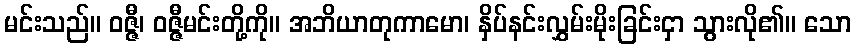
မင်းသည်။ ဝဇ္ဇီ၊ ဝဇ္ဇီမင်းတို့ကို။ အဘိယာတုကာမော၊ နှိပ်နင်းလွှမ်းမိုးခြင်းငှာ သွားလို၏။ သော